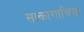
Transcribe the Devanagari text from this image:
साकागाविया